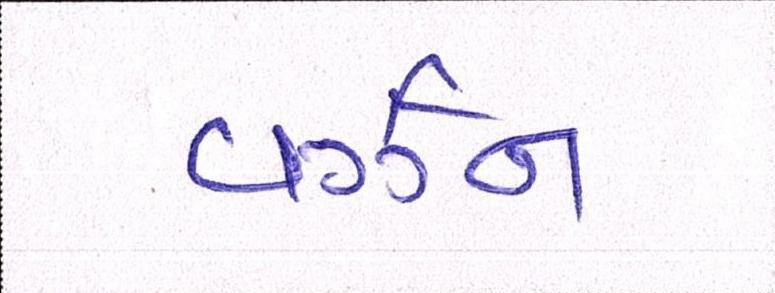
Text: વર્ઝન